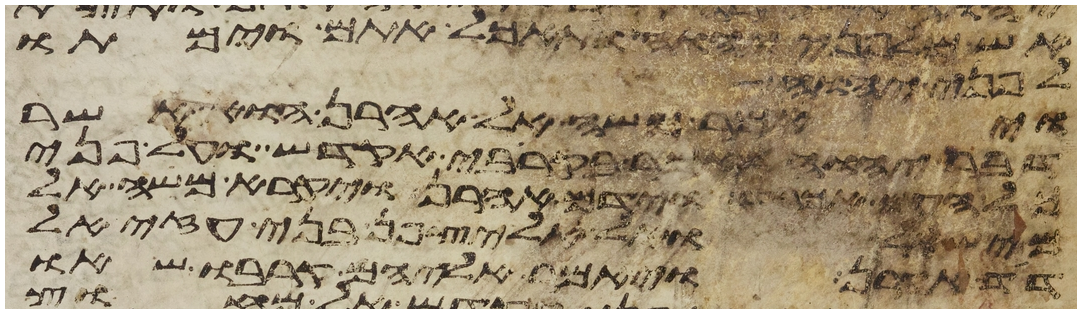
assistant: אש מלפני יהוה ותאכל אתם וימתו
לפני יהוה
ויאמר משה אל אהרן הוא אשר
דבר יהוה לאמר בקריבי אקדש ועל פני
כל העם אכבד וידם אהרן ויקרא משה אל
מישאל ואל אליצפן בני עזיאל
דד אהרן ויאמר אליהם קרבו שאו